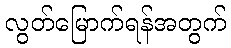
လွတ်မြောက်ရန်အတွက်